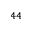
^ { 4 4 }